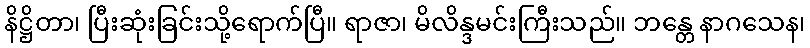
နိဋ္ဌိတာ၊ ပြီးဆုံးခြင်းသို့ရောက်ပြီ။ ရာဇာ၊ မိလိန္ဒမင်းကြီးသည်။ ဘန္တေ နာဂသေန၊